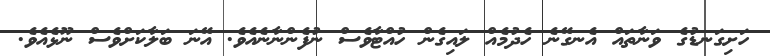
ހަށިގަނޑުގެ ވަނާތައް އެނގޭނެ ހެދުމެއް ލައިގެން ހުއްޓާވެސް ނުފެންނާނެއެވެ. އޭނަ ބަލާކަށްވެސް ނޫޅެއެވެ.